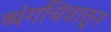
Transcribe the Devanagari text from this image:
व्यंगचित्रातून